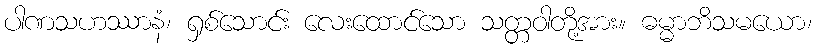
ပါဏသဟဿာနံ၊ ရှစ်သောင်း လေးထောင်သော သတ္တဝါတို့အား။ ဓမ္မာဘိသမယော၊